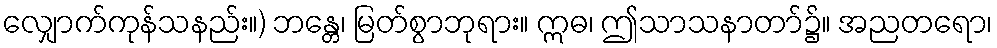
လျှောက်ကုန်သနည်း။) ဘန္တေ၊ မြတ်စွာဘုရား။ ဣဓ၊ ဤသာသနာတာ်၌။ အညတရော၊